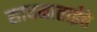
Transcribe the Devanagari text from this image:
साधनाताईंचे